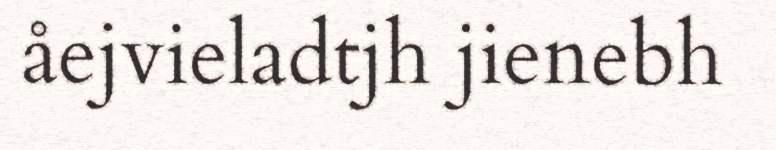
åejvieladtjh jienebh